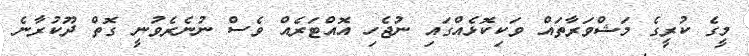
މީގެ ކުރީގެ މަޝްވަރާތައް ވަކިކޮޅެއްގައި ނުޖެހި އޮއްޓަރެއް ވެސް ނުނެރެވުނީ ގޮތް ދޫކުރާނެ